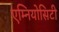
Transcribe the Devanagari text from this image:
एम्नियोसिटी